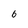
Character: 6